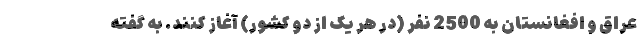
عراق و افغانستان به 2500 نفر (در هر یک از دو کشور) آغاز کنند. به گفته